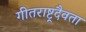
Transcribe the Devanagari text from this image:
गीतराष्ट्रदैवता